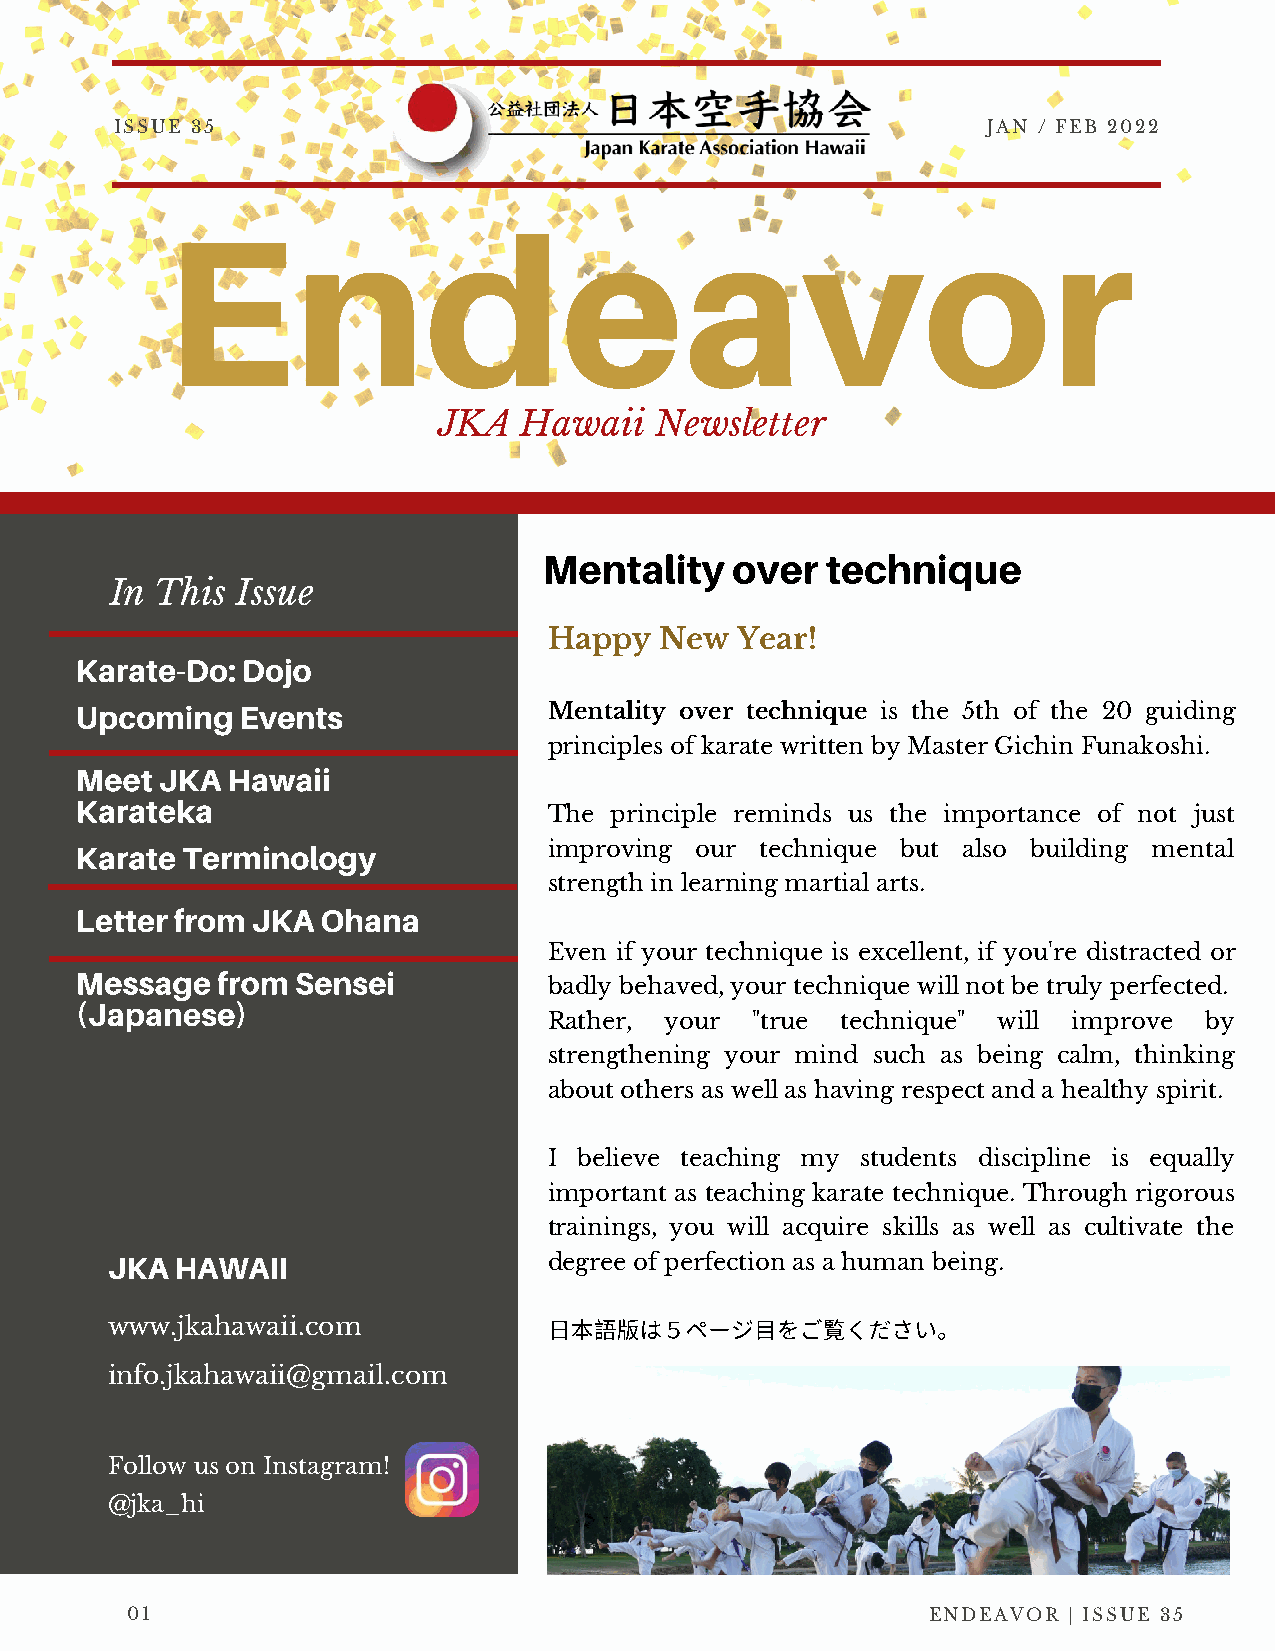
ISSUE 35                                                 JAN / FEB 2022
 Endeavor
 JKA   Hawaii  Newsletter
 Mentality   over   technique
 In This  Issue
 Happy   New  Year!
 Karate-Do: Dojo
 Upcoming   Events              Mentality over technique is the 5th of the 20 guiding
 principles of karate written by Master Gichin Funakoshi.
 Meet JKA  Hawaii
 Karateka
 The principle reminds us the importance of not just
 Karate Terminology             improving our technique but also building mental
 strength in learning martial arts.
 Letter from JKA Ohana
 Even if your technique is excellent, if you're distracted or
 Message  from  Sensei
 badly behaved, your technique will not be truly perfected.
 (Japanese)
 Rather, your  "true technique" will improve by
 strengthening your mind such as being calm, thinking
 about others as well as having respect and a healthy spirit.
 I believe teaching my students discipline is equally
 important as teaching karate technique. Through rigorous
 trainings, you will acquire skills as well as cultivate the
 JKA  HAWAII                  degree of perfection as a human being.
 www.jkahawaii.com            ⽇本語版は５ページ⽬をご覧ください。
 info.jkahawaii@gmail.com
 Follow us on Instagram!
 @jka_hi
 01                                                   ENDEAVOR  | ISSUE 35